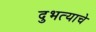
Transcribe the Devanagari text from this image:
दुभत्याचे